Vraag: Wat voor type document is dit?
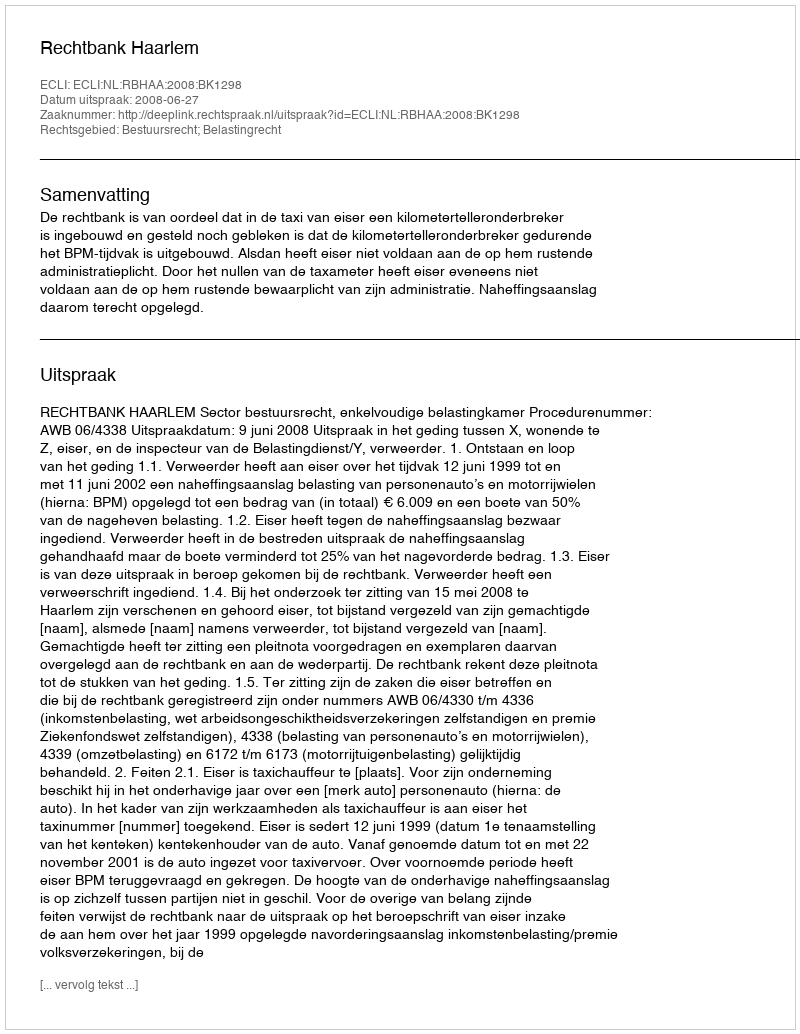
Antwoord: Uitspraak